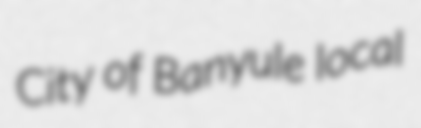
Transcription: City of Banyule local